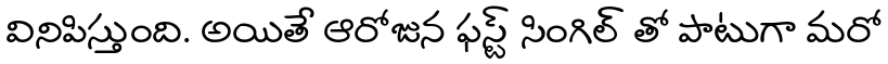
వినిపిస్తుంది. అయితే ఆరోజున ఫస్ట్ సింగిల్ తో పాటుగా మరో